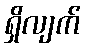
ရှိလျက်